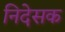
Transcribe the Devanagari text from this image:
निदेसक